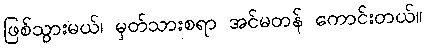
ဖြစ်သွားမယ်၊ မှတ်သားစရာ အင်မတန် ကောင်းတယ်။